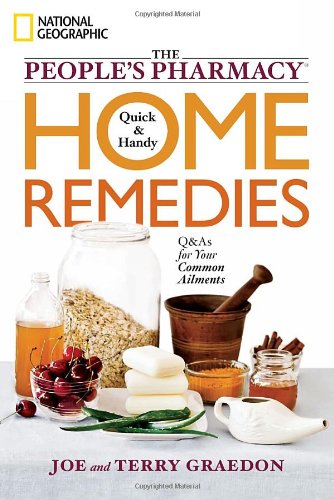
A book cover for The People's Pharmacy Quick and Handy Home Remedies: Q&As for Your Common Ailments; Joe Graedon; Health, Fitness & Dieting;